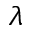
\lambda